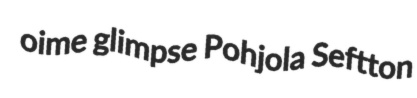
oime glimpse Pohjola Seftton